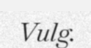
Vulg.